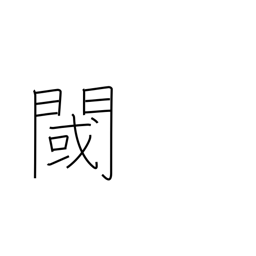
Meaning: threshold